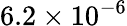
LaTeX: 6.2\times 10^{-6}